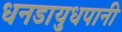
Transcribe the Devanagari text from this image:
धनडायुधपानी